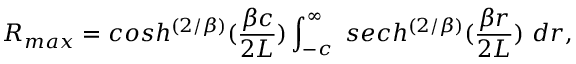
R _ { m a x } = c o s h ^ { \left( { 2 / \beta } \right) } ( { \frac { \beta c } { 2 L } } ) \int _ { - c } ^ { \infty } \, \, s e c h ^ { \left( { 2 / \beta } \right) } ( { \frac { \beta r } { 2 L } } ) \, \, d r ,